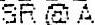
SR @ A